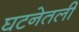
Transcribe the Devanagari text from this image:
घटनेतली